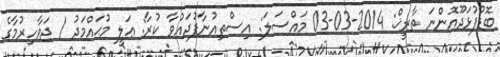
ބޮޑުފުޅަދޫއޮންނަ ތާރީޚް: 2014-03-03 މައްސަލަ: އިސްތިއުނާފުދައުވާ ކުރާ: ޢަލީ މުޙައްމަދު / ޖަވާހިރުމާގެ